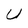
Character: U